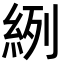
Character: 𦀎